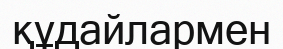
құдайлармен